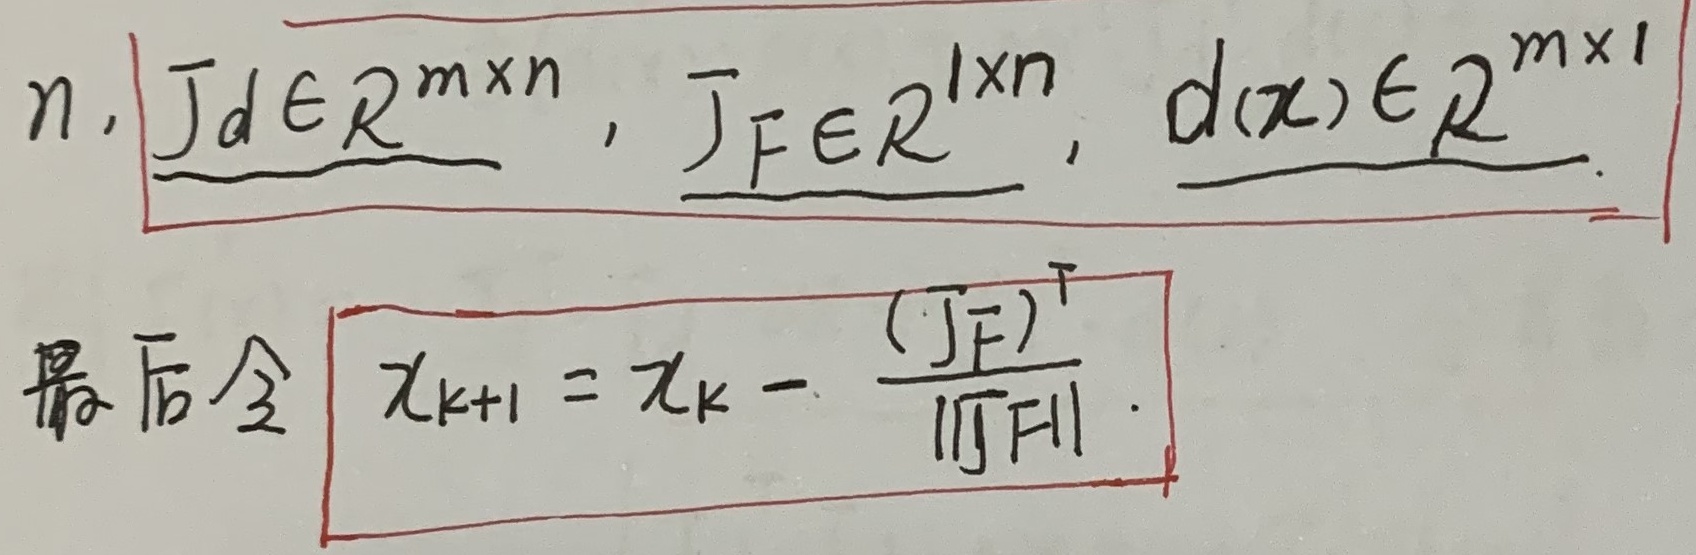
\(n, J_d\in\mathbb{R}^{m\times n}, J_F\in\mathbb{R}^{1\times n}, d(x)\in\mathbb{R}^{m\times 1}\)。最后令 \(x_{k + 1}=x_k-\frac{(J_F)^T}{\|J_F\|}\)。